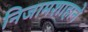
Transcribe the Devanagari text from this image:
निजामशाहाने